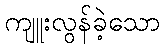
ကျူးလွန်ခဲ့သော